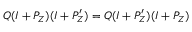
Q ( I + P _ { Z } ) ( I + P _ { Z } ^ { \prime } ) = Q ( I + P _ { Z } ^ { \prime } ) ( I + P _ { Z } )